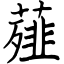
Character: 薤